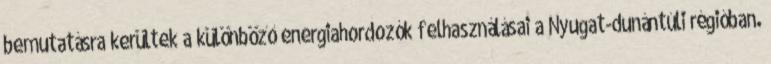
bemutatásra kerültek a különböző energiahordozók felhasználásai a Nyugat-dunántúli régióban.